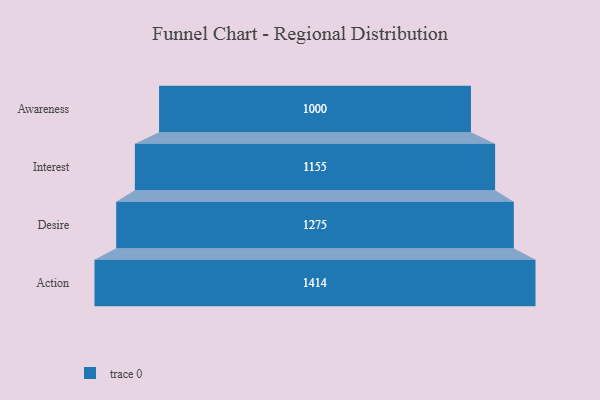
{"axis": {"x": "Stage", "y": "Value"}, "legend": [""], "data": [{"x": "Awareness", "y": 1000.0, "type": ""}, {"x": "Interest", "y": 1155.0, "type": ""}, {"x": "Desire", "y": 1275.0, "type": ""}, {"x": "Action", "y": 1414.0, "type": ""}]}